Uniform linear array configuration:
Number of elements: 8
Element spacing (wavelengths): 0.5
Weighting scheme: hamming
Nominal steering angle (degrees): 30
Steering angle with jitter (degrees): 29.463
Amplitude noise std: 0.05
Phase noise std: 0.05

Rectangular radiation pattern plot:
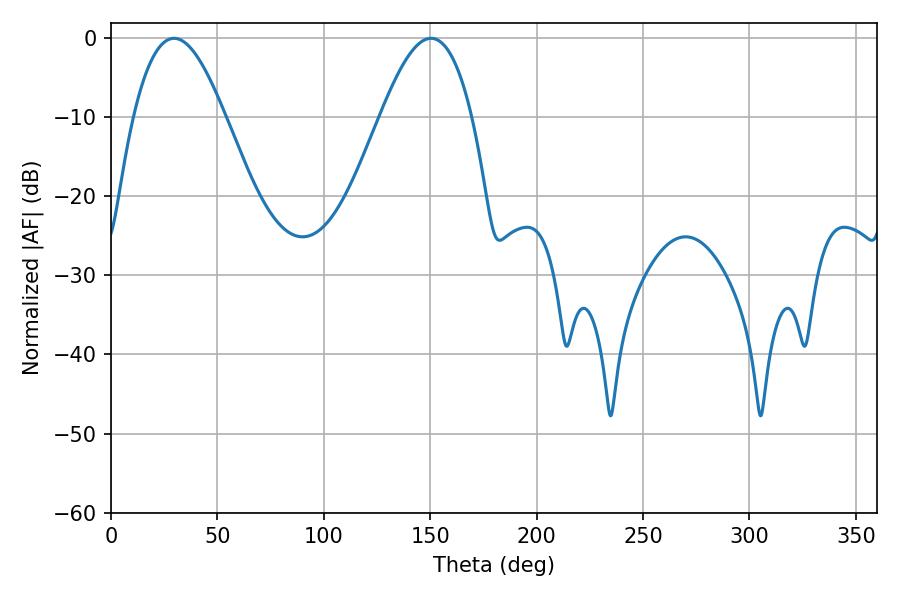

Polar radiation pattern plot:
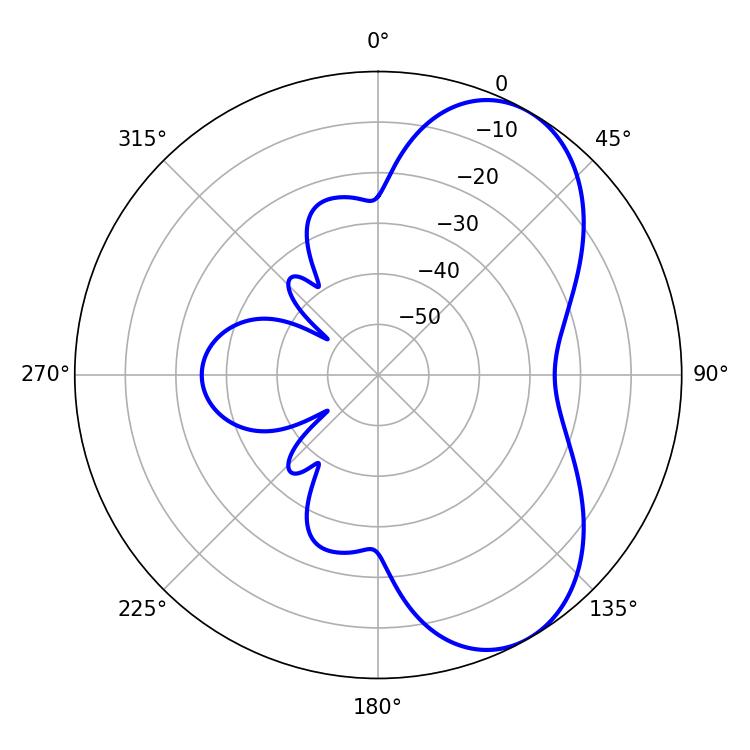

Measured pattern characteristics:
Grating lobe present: FALSE
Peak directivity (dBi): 6.435
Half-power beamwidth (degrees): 23.4
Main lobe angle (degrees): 29.7